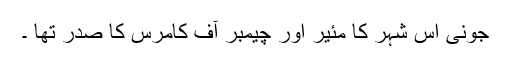
جونی اس شہر کا مئیر اور چیمبر آف کامرس کا صدر تھا ۔